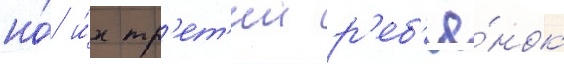
но́ и́х тр'ет'ии р'еб'ё́нок